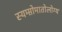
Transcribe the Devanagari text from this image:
स्यम्प्तोमातोलोग्य